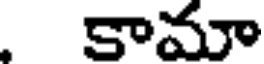
కామా